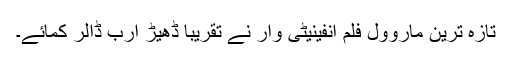
تازہ ترین ماروول فلم انفینیٹی وار نے تقریباً ڈھیڑ ارب ڈالر کمائے۔